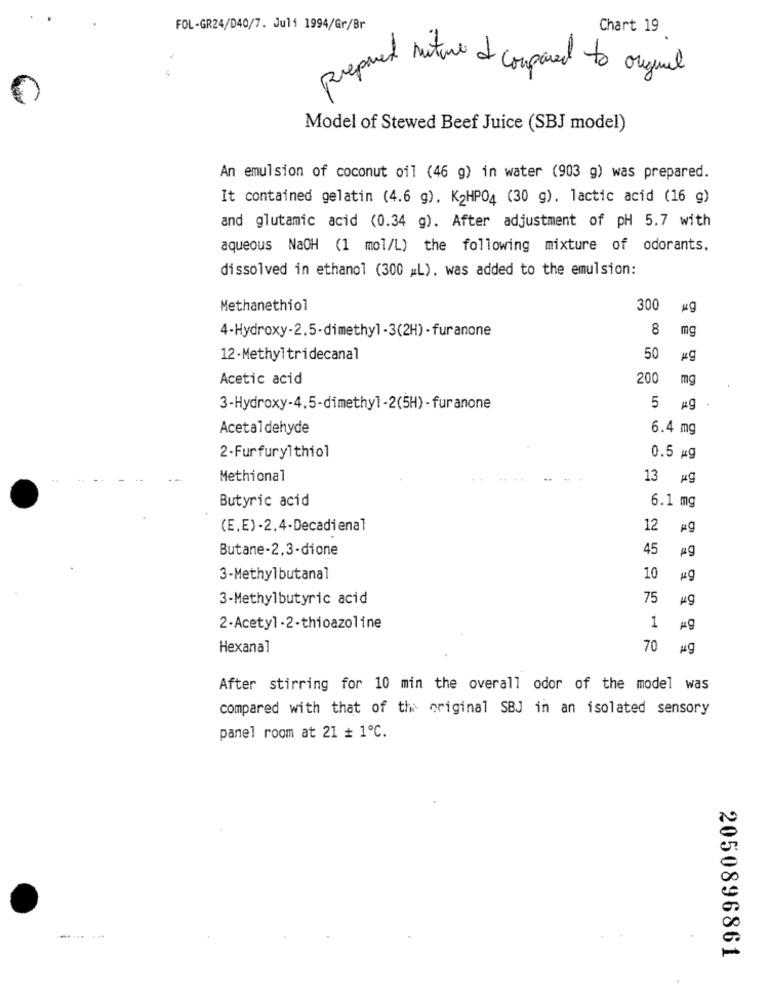
FOL-GR24/D40/7. Juli 1994/Gr/Br
Chart 19
prepared suture of compared to crymil
Model of Stewed Beef Juice (SBJ model)
An emulsion of coconut oil (46 g) in water (903 g) was prepared.
It contained gelatin (4.6 g), K2HP04 (30 g), lactic acid (16 g)
and glutamic acid (0.34 g). After adjustment of pH 5.7 with
aqueous NaOH (1 mol/L) the following mixture of odorants,
dissolved in ethanol (300 #L), was added to the emulsion:
Methanethiol
300
kg
4-Hydroxy-2.5-dimethyl-3(2H) - furanone
8
mg
12-Methyltridecanal
50
#g
Acetic acid
200
mg
3-Hydroxy-4.5-dimethyl -2(5H) - fur anone
5 #g
Acetaldehyde
6.4 mg
2-Furfurylthiol
0.5 mg
Methional
13 #g
Butyric acid
6.1 mg
(E.E)-2.4-Decadienal
12
kg
Butane-2.3-dione
45
Æg
3-Methylbutanal
10
ug
3-Methylbutyric acid
75
2-Acetyl -2-thioazoline
1
Hexanal
70 #g
After stirring for 10 min the overall odor of the model was
compared with that of the original SBJ in an isolated sensory
panel room at 21 + 1℃.
2050896861